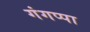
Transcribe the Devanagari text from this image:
गंगप्पा